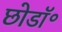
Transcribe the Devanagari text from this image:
छोडॉ॰